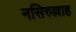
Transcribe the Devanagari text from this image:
नसिरुल्लाह